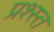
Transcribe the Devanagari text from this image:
प्रश्स्त